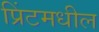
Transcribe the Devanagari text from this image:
प्रिंटमधील